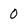
Character: 0